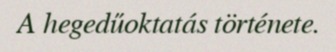
A hegedűoktatás története.